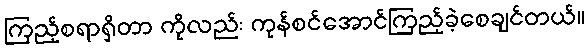
ကြည့်စရာရှိတာ ကိုလည်း ကုန်စင်အောင်ကြည့်ခဲ့စေချင်တယ်။